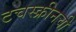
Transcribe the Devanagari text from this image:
टचस्क्रीनची